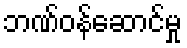
ဘဏ်ဝန်ဆောင်မှု